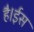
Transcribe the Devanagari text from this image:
है।ईस